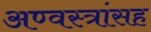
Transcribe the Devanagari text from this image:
अण्वस्त्रांसह